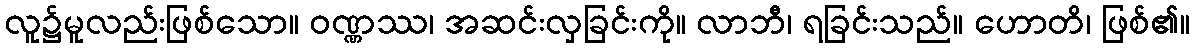
လူ၌မူလည်းဖြစ်သော။ ဝဏ္ဏဿ၊ အဆင်းလှခြင်းကို။ လာဘီ၊ ရခြင်းသည်။ ဟောတိ၊ ဖြစ်၏။